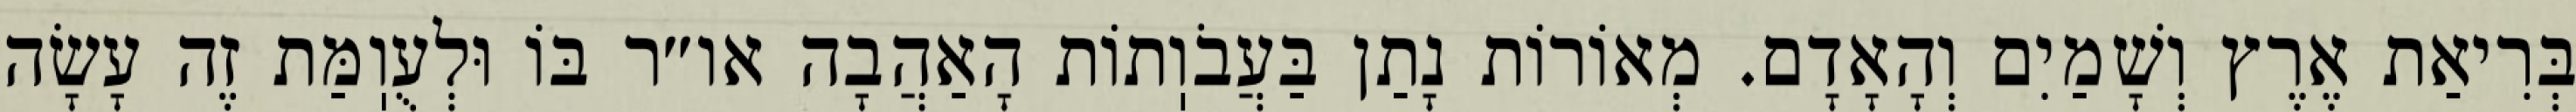
בְּרִיאַת אֶרֶץ וְשָׁמַיִם וְהָאָדָם. מְאוֹרוֹת נָתַן בַּעֲבֹוֽתוֹת הָאַהֲבָה או״ר בּוֹ וּלְעֻוֽמַּת זֶה עָשָׂה